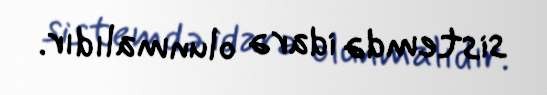
sistemdə idarə olunmalıdır.